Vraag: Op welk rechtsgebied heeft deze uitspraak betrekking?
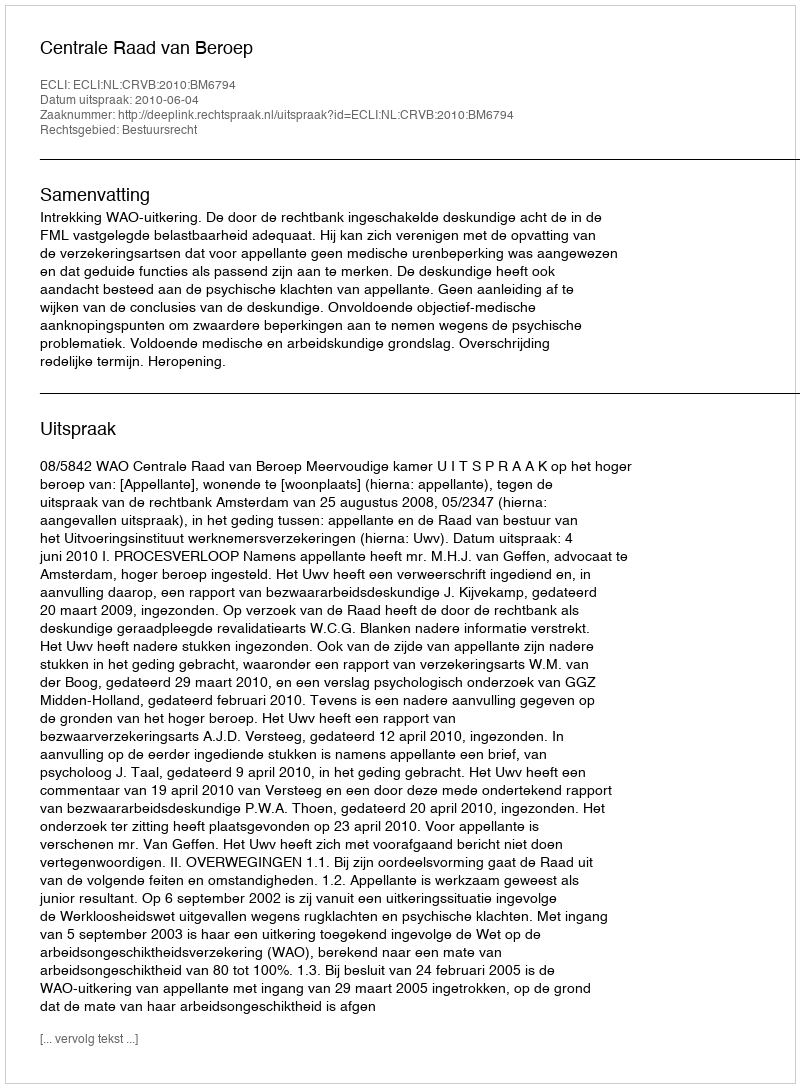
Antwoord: Bestuursrecht